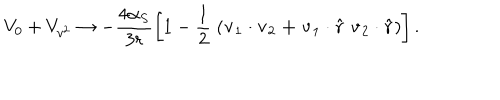
V _ { 0 } + V _ { v ^ { 2 } } \rightarrow - \frac { 4 \alpha _ { S } } { 3 r } \left[ 1 - \frac { 1 } { 2 } \; \left( \bf v _ { \mathrm { 1 } } \cdot v _ { \mathrm { 2 } } + v _ { \mathrm { 1 } } \cdot \hat { r } \; v _ { \mathrm { 2 } } \cdot \hat { r } \right) \right] .